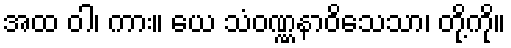
အထ ဝါ၊ ကား။ ယေ သံဝဏ္ဏနာဝိသေသာ၊ တို့ကို။